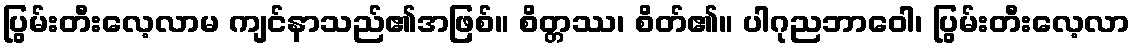
ပြွမ်းတီးလေ့လာမ ကျင်နာသည်၏အဖြစ်။ စိတ္တဿ၊ စိတ်၏။ ပါဂုညဘာဝေါ၊ ပြွမ်းတီးလေ့လာ